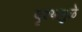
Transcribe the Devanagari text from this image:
दृश्यामुळे